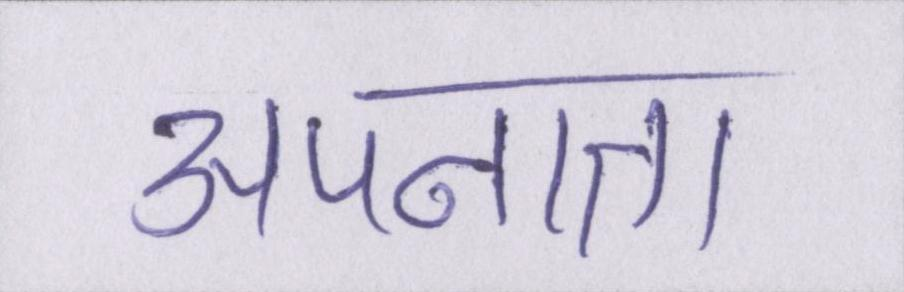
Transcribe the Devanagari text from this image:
अपनाता